Burma Government Medical School reports 1923-41
Year: 1923
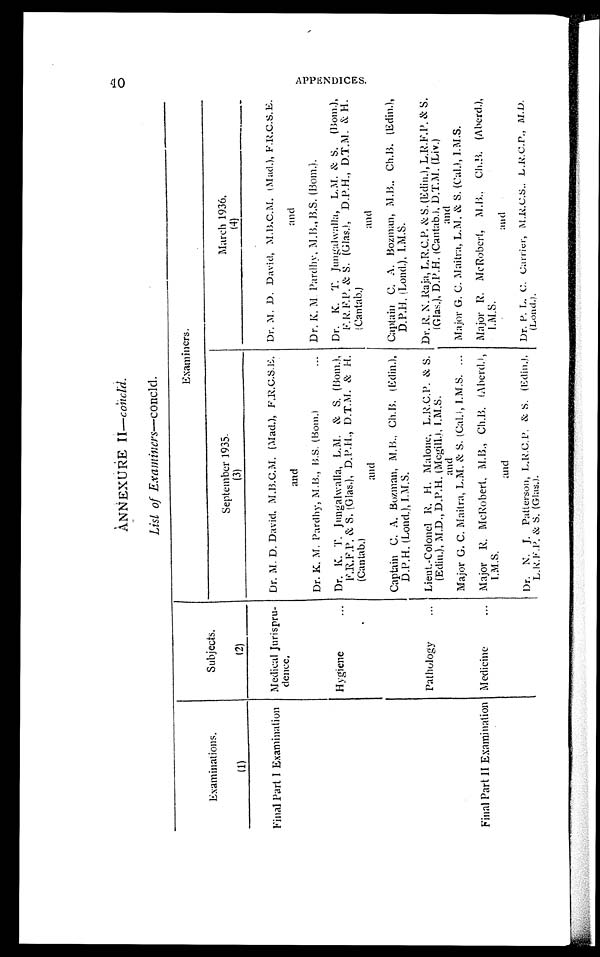
ANNEXURE I I—concld.
List of Examiners—concld.
Examinations.
(1)
Subjects.
(2)
Examiners.
September 1935.
(3)
March 1936.
(4)
Final Part I Examination
Medical Jurispru-
dence.
Dr. M. D. David, M.B.C.M. (Mad.), F.R.C.S.E.
and
Dr. K. M. Pardhy, M.B., B.S. (Bom.)
...
Dr. M. D. David, M.B.C.M. (Mad.), F.R.C.S.E.
and
Dr. K. M. Pardhy, M.B., B.S. (Bom.).
Hygiene
... Dr. K. T. Jungalwalla, L.M. & S. (Born.),
F.R.F.P. & S. (Glas.), D.P.H., D.T.M. & H.
(Cantab.)
and
Captain G. A. Bozman, M.B., Ch.B. (Edin.),
D.P.H. (Lond.), I.M.S.
Dr. K. T. Jungalwalla, L.M. & S. (Bom.),
F.R. F.P. & S. (Glas.), D.P.H., D.T.M. & H.
(Cantab.)
and
Captain C. A. Bozman, M.B.. Ch.B. (Edin.),
D.P.H. (Loud.), I.M.S.
Pathology
... Lieut.-Colonel R H. Malone, L.R.C.P. & S.
(Edin.), M.D., D.P.H. (Mcgill.), I.M.S.
an
Major G. C. Maitra, L.M. & S. (Cal.), I.M.S. ...
Dr. R N. Raja, L.R.C.P. & S. (Edin.), L.R.F.P. & S.
(Glas.), D.P.H. (Cantab.), D.T.M. (Liv.)
and
Major G. C. Maitra, L.M. & S. (Cal.), I.M.S.
Final Part II Examination Medicine
... Major H. McRobert, M.B., Ch.B. (Aberd.),
I.M.S.
and
Dr. N. J. Patterson, L.R.C.P. & S. (Edin.),
L.R.F.P. & S. (Glas.).
Major H. McRobert, M.B., Ch.B. (Aberd.),
I.M.S.
and
Dr. P. L. C. Carrier, M.R.C.S., L.R.C.P., M.D.
(Lond.).
40
tr;